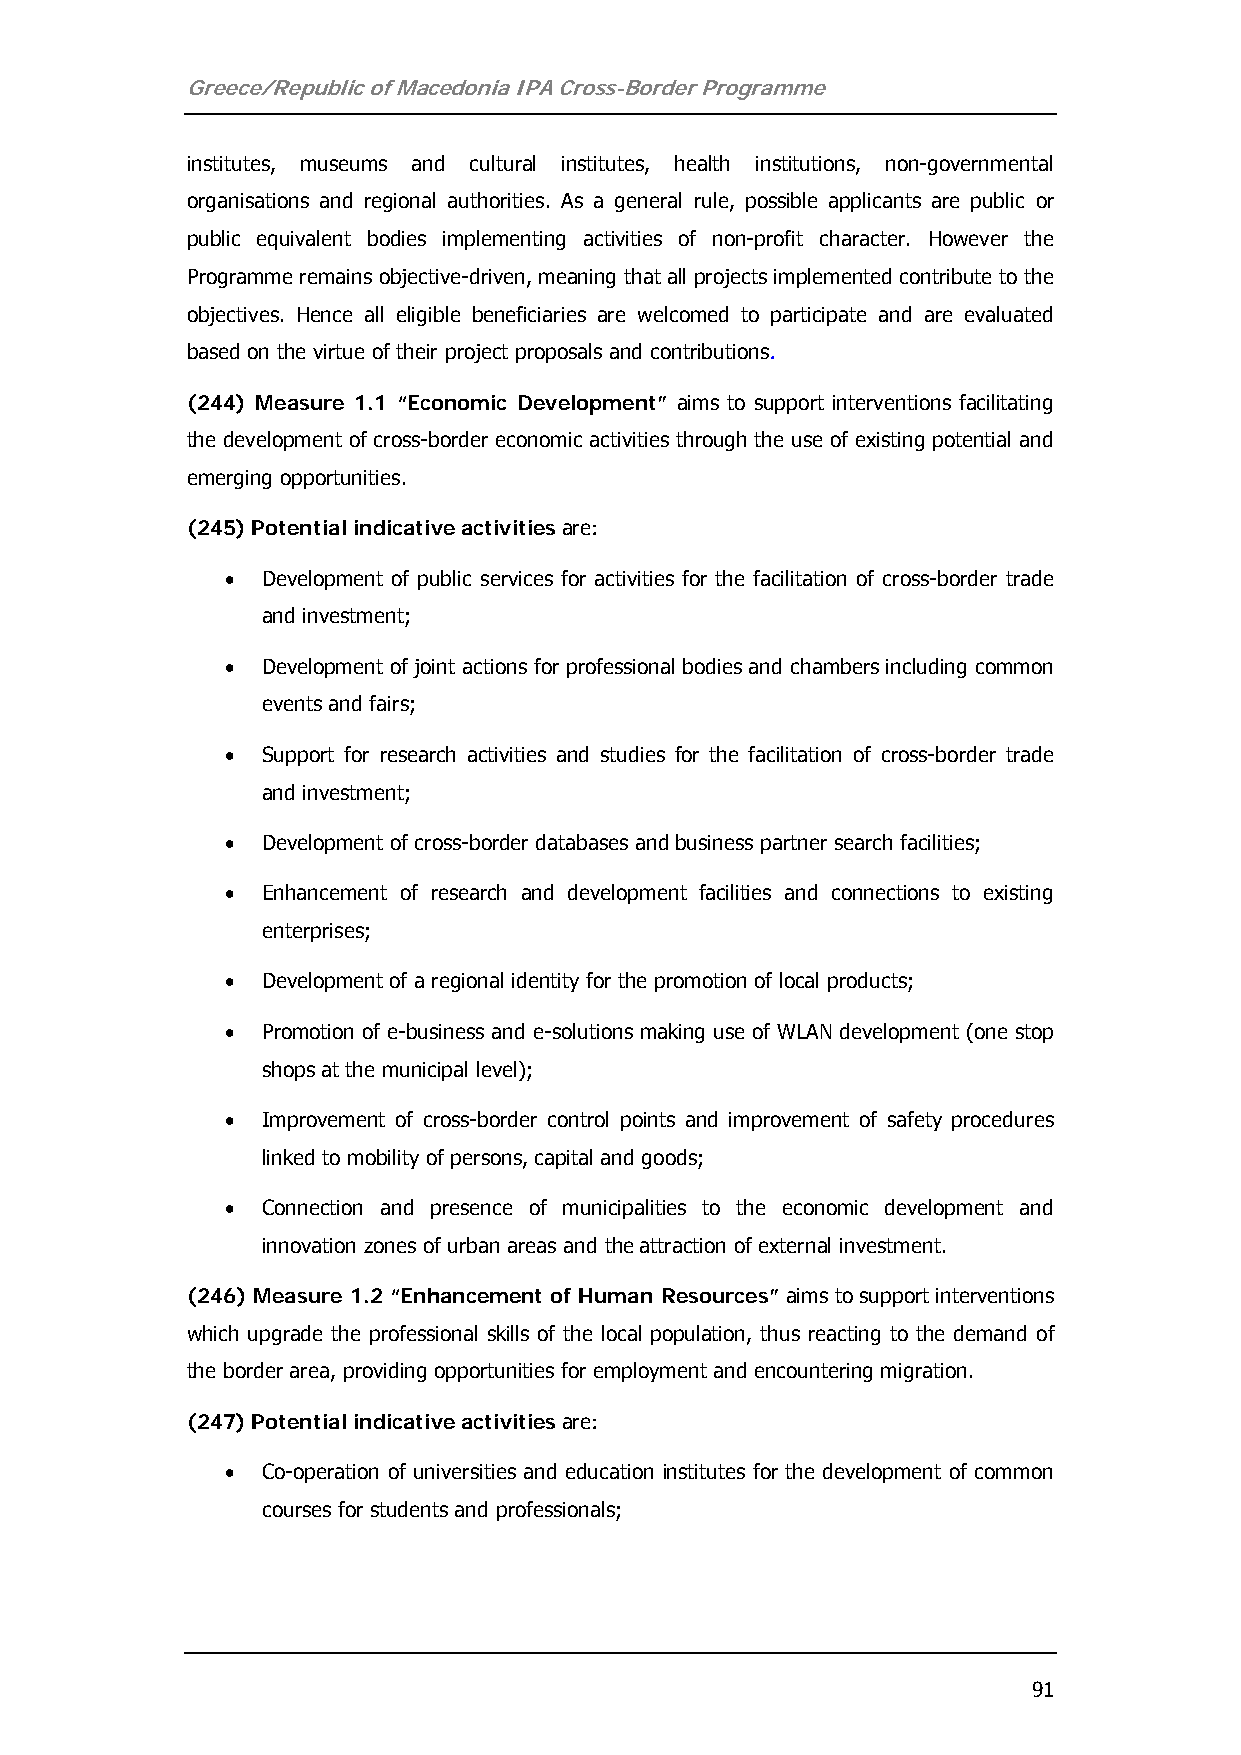
Greece/Republic of Macedonia IPA Cross-Border Programme
 institutes, museums and cultural institutes, health institutions, non-governmental
 organisations and regional authorities. As a general rule, possible applicants are public or
 public equivalent bodies implementing activities of non-profit character. However the
 Programme remains objective-driven, meaning that all projects implemented contribute to the
 objectives. Hence all eligible beneficiaries are welcomed to participate and are evaluated
 based on the virtue of their project proposals and contributions.
 (244) Measure 1.1 “Economic Development” aims to support interventions facilitating
 the development of cross-border economic activities through the use of existing potential and
 emerging opportunities.
 (245) Potential indicative activities are:
 • Development of public services for activities for the facilitation of cross-border trade
 and investment;
 • Development of joint actions for professional bodies and chambers including common
 events and fairs;
 • Support for research activities and studies for the facilitation of cross-border trade
 and investment;
 • Development of cross-border databases and business partner search facilities;
 • Enhancement of research and development facilities and connections to existing
 enterprises;
 • Development of a regional identity for the promotion of local products;
 • Promotion of e-business and e-solutions making use of WLAN development (one stop
 shops at the municipal level);
 • Improvement of cross-border control points and improvement of safety procedures
 linked to mobility of persons, capital and goods;
 • Connection and presence of municipalities to the economic development and
 innovation zones of urban areas and the attraction of external investment.
 (246) Measure 1.2 “Enhancement of Human Resources” aims to support interventions
 which upgrade the professional skills of the local population, thus reacting to the demand of
 the border area, providing opportunities for employment and encountering migration.
 (247) Potential indicative activities are:
 • Co-operation of universities and education institutes for the development of common
 courses for students and professionals;
 91